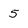
Character: 5